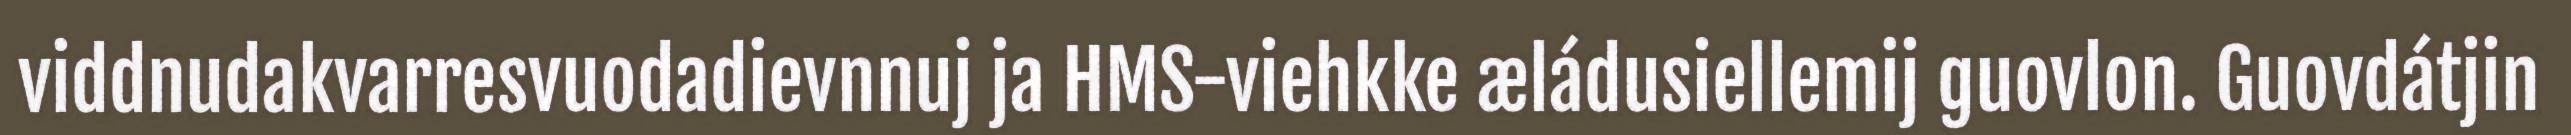
viddnudakvarresvuodadievnnuj ja HMS-viehkke æládusiellemij guovlon. Guovdátjin